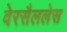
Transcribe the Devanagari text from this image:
वेरसैललेस